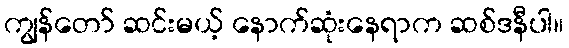
ကျွန်တော် ဆင်းမယ့် နောက်ဆုံးနေရာက ဆစ်ဒနီပါ။